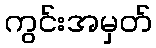
ကွင်းအမှတ်